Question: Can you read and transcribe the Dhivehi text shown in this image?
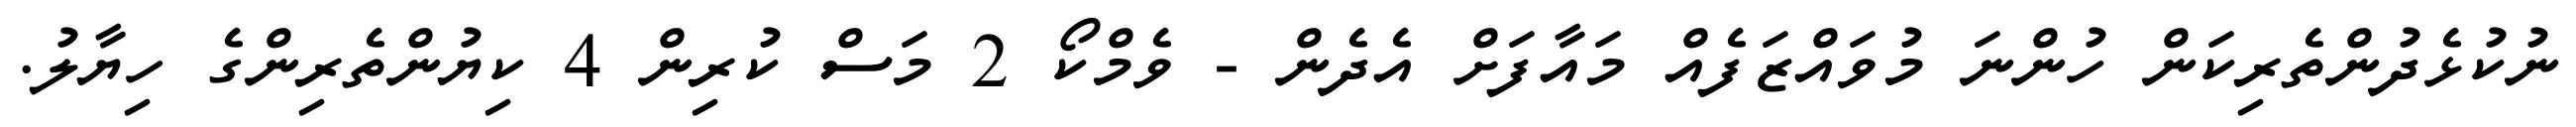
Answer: ނުކުޅެދުންތެރިކަން ހުންނަ މުވައްޒަފެއް މައާފަށް އެދެން - ވެމްކޯ 2 މަސް ކުރިން 4 ކިޔުންތެރިންގެ ހިޔާލު.